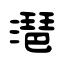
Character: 潖